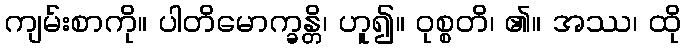
ကျမ်းစာကို။ ပါတိမောက္ခန္တိ၊ ဟူ၍။ ဝုစ္စတိ၊ ၏။ အဿ၊ ထို